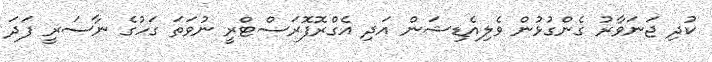
ކުދި ޖަނަވާރު ގެންގުޅުން ވެލިއެޑިޝަން އަދި އެގްރޮފޮރަސްޓްރީ ނުވަތަ ގަހުގެ ނާސަރީ ފަދަ